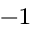
{ } ^ { - 1 }